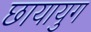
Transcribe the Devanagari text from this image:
छायायुग